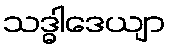
သဒ္ဓါဒေယျာ